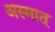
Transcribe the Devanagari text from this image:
अस्मात्‌